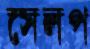
সেলপ